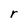
Character: r